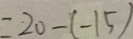
= 2 0 - ( - 1 5 )